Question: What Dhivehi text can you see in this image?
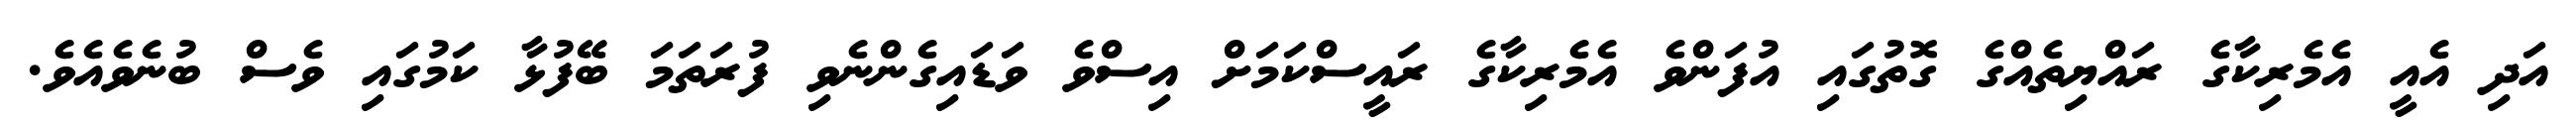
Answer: އަދި އެއީ އެމެރިކާގެ ރައްޔިތެއްގެ ގޮތުގައި އުފަންވެ އެމެރިކާގެ ރައީސްކަމަށް އިސްވެ ވަޑައިގެންނެވި ފުރަތަމަ ބޭފުޅާ ކަމުގައި ވެސް ބުނެވެއެވެ.